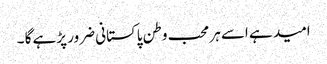
امید ہے اسے ہر محب وطن پاکستانی ضرور پڑہے گا ۔